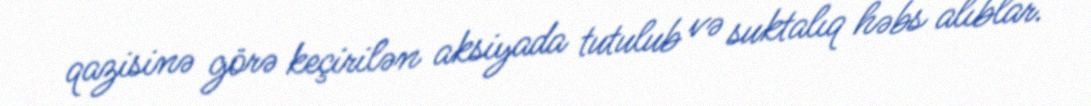
qazisinə görə keçirilən aksiyada tutulub və suktalıq həbs alıblar.